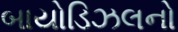
બાયોડિઝલનો